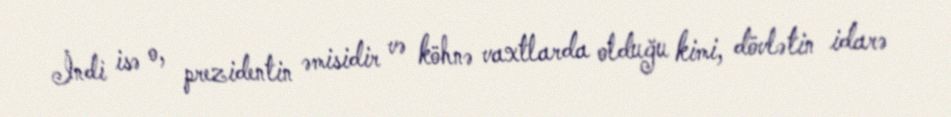
İndi isə o, prezidentin əmisidir və köhnə vaxtlarda olduğu kimi, dövlətin idarə